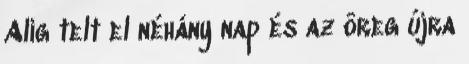
Alig telt el néhány nap és az öreg újra